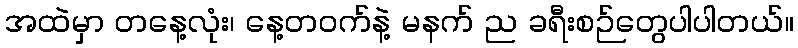
အထဲမှာ တနေ့လုံး၊ နေ့တဝက်နဲ့ မနက် ည ခရီးစဉ်တွေပါပါတယ်။